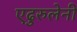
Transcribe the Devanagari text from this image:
एढुरुलेनी